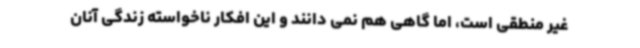
غیر منطقی است، اما گاهی هم نمی دانند و این افکار ناخواسته زندگی آنان